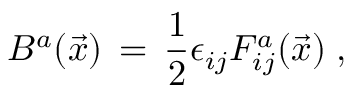
B ^ { a } ( \vec { x } ) \, = \, \frac { 1 } { 2 } \epsilon _ { i j } F _ { i j } ^ { a } ( \vec { x } ) \; ,